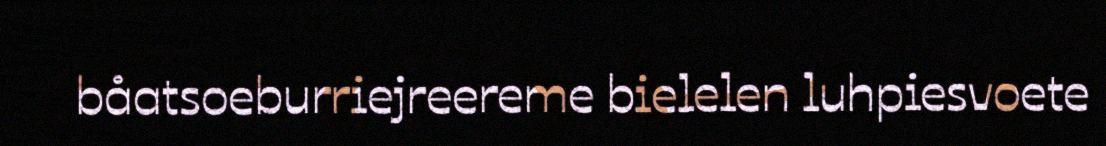
båatsoeburriejreereme bielelen luhpiesvoete